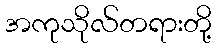
အကုသိုလ်တရားတို့